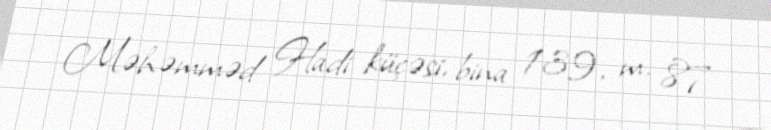
Məhəmməd Hadi küçəsi, bina 139, m. 87